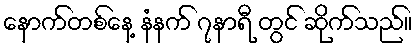
နောက်တစ်နေ့ နံနက် ၇နာရီ တွင် ဆိုက်သည်။